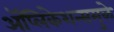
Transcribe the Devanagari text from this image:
अॅप्लिकेशन्समुळे